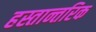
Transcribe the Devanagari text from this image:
हस्तान्तरिक